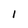
Character: l